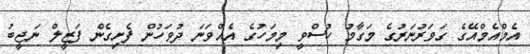
އެމްއެމްއޭގެ ގަވަރުނަރުގެ މަގާމު ހުސްވީ މިމަހުގެ އެއްވަނަ ދުވަހުން ފެށިގެން ފަޒީލް ނަޖީބު